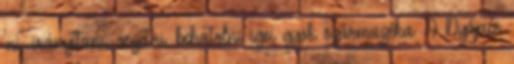
'ni' irányítani, vezetni, behatolni igei gyök származéka. A Nyájaés